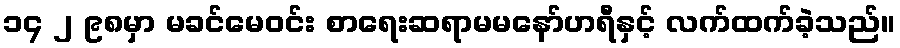
၁၄ ၂ ၉၈မှာ မခင်မေဝင်း စာရေးဆရာမမနော်ဟရီနှင့် လက်ထက်ခဲ့သည်။